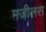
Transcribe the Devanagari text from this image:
मजीलस